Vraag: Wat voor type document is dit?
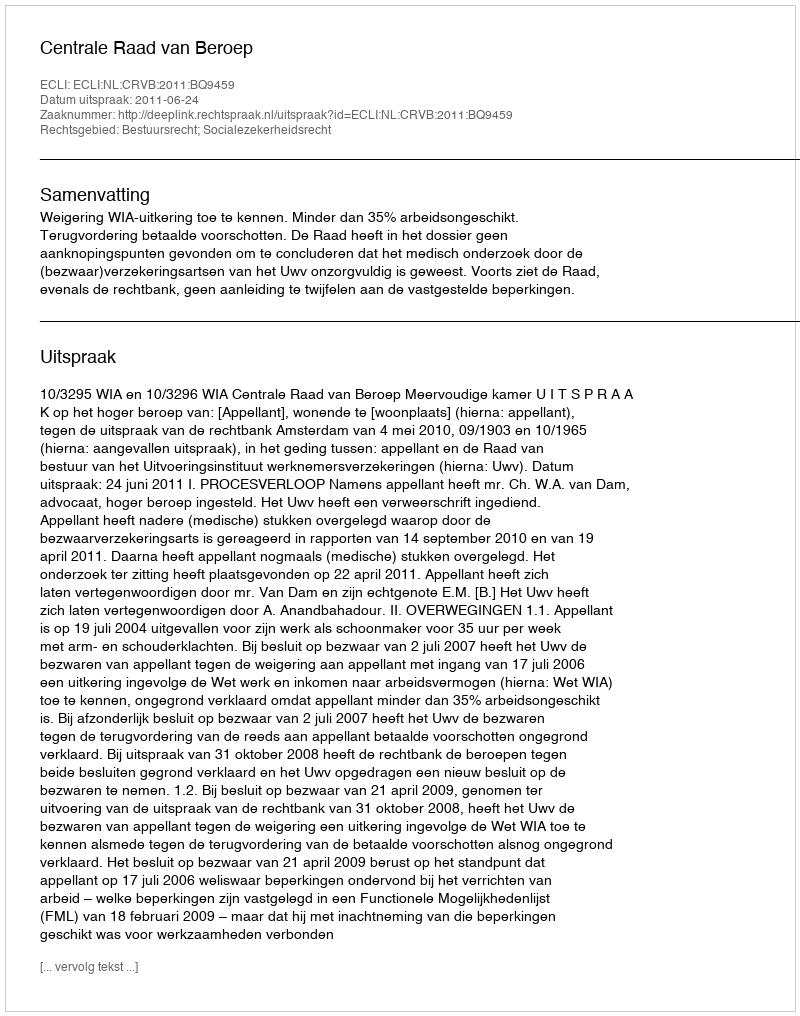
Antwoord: Uitspraak